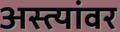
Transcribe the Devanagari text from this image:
अस्त्यांवर